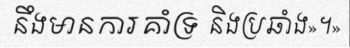
នឹងមានការគាំទ្រ និងប្រឆាំង»។»